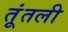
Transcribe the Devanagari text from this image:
तूंतली